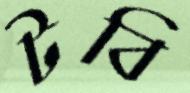
টবি